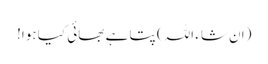
(ان شاء اللہ) پتا ہے بھائی کیا ہوا!